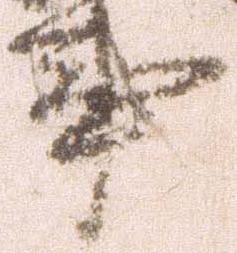
事